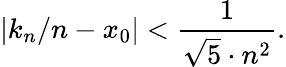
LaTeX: |k_{n}/n-x_{0}|<{\frac{1}{{\sqrt{5}}\cdot n^{2}}}.